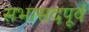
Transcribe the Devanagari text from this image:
सभासदपूर्व